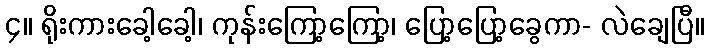
၄။ ရိုးကားခေါ့ခေါ့၊ ကုန်းကြော့ကြော့၊ ပြော့ပြော့ခွေကာ- လဲချေပြီ။